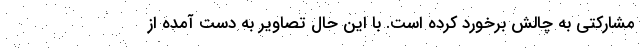
مشارکتی به چالش برخورد کرده است. با این حال تصاویر به دست آمده از